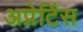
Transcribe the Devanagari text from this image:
अप्रेटिंस